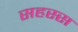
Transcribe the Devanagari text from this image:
सहस्स